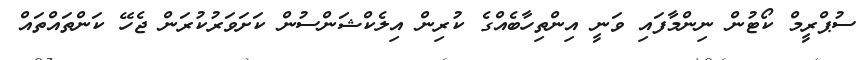
ސުޕްރީމް ކޯޓުން ނިންމާފައި ވަނީ އިންތިހާބެއްގެ ކުރިން އިލެކްޝަންސުން ކަށަވަރުކުރަން ޖެހޭ ކަންތައްތައް